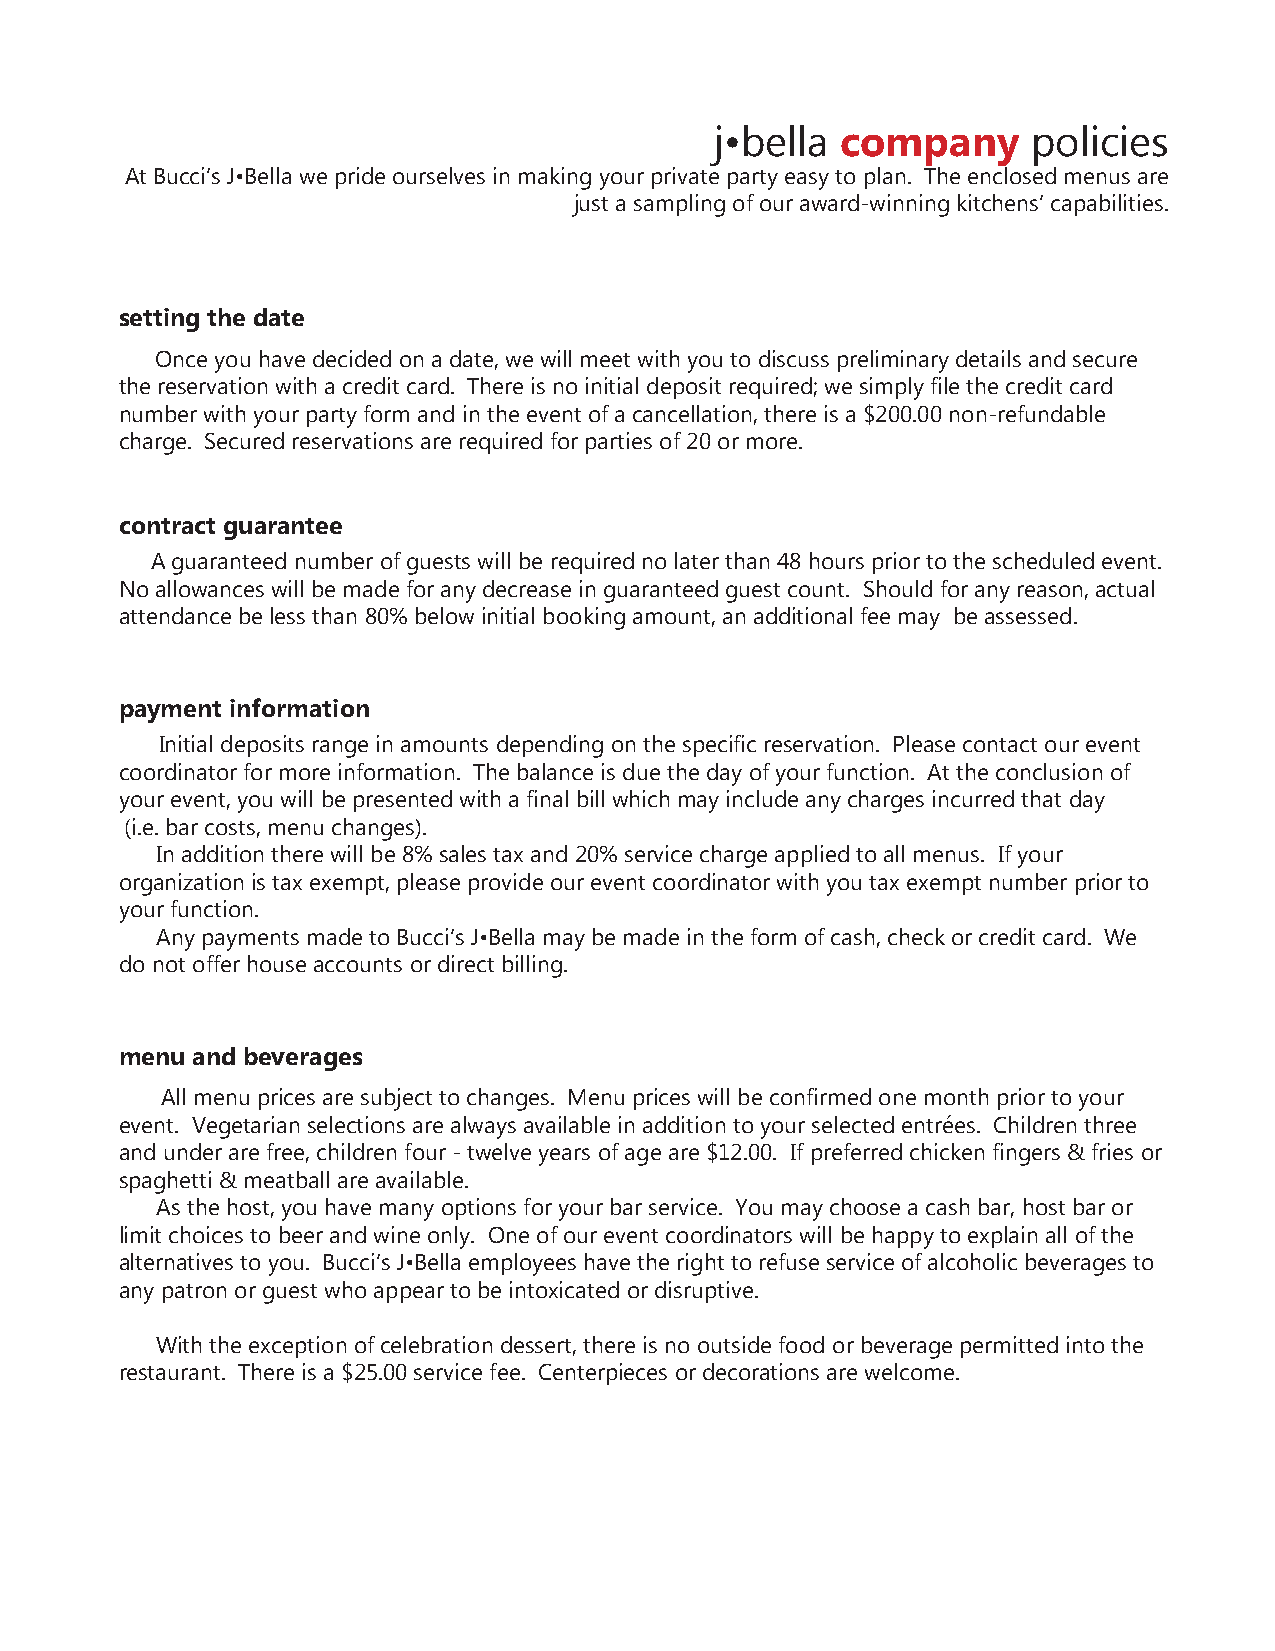
j•bella  company     policies
 At Bucci’s J•Bella we pride ourselves in making your private party easy to plan. The enclosed menus are
 just a sampling of our award-winning kitchens’ capabilities.
 setting the date
 Once you have decided on a date, we will meet with you to discuss preliminary details and secure
 the reservation with a credit card. There is no initial deposit required; we simply file the credit card
 number with your party form and in the event of a cancellation, there is a $200.00 non-refundable
 charge. Secured reservations are required for parties of 20 or more.
 contract guarantee
 A guaranteed number of guests will be required no later than 48 hours prior to the scheduled event.
 No allowances will be made for any decrease in guaranteed guest count. Should for any reason, actual
 attendance be less than 80% below initial booking amount, an additional fee may be assessed.
 payment information
 Initial deposits range in amounts depending on the specific reservation. Please contact our event
 coordinator for more information. The balance is due the day of your function. At the conclusion of
 your event, you will be presented with a final bill which may include any charges incurred that day
 (i.e. bar costs, menu changes).
 In addition there will be 8% sales tax and 20% service charge applied to all menus. If your
 organization is tax exempt, please provide our event coordinator with you tax exempt number prior to
 your function.
 Any payments made to Bucci’s J•Bella may be made in the form of cash, check or credit card. We
 do not offer house accounts or direct billing.
 menu and beverages
 All menu prices are subject to changes. Menu prices will be confirmed one month prior to your
 event. Vegetarian selections are always available in addition to your selected entrées. Children three
 and under are free, children four - twelve years of age are $12.00. If preferred chicken fingers & fries or
 spaghetti & meatball are available.
 As the host, you have many options for your bar service. You may choose a cash bar, host bar or
 limit choices to beer and wine only. One of our event coordinators will be happy to explain all of the
 alternatives to you. Bucci’s J•Bella employees have the right to refuse service of alcoholic beverages to
 any patron or guest who appear to be intoxicated or disruptive.
 With the exception of celebration dessert, there is no outside food or beverage permitted into the
 restaurant. There is a $25.00 service fee. Centerpieces or decorations are welcome.